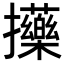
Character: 𢺇